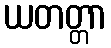
ယတတ္တာ